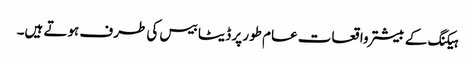
ہیکنگ کے بیشتر واقعات عام طور پر ڈیٹا بیس کی طرف ہوتے ہیں۔